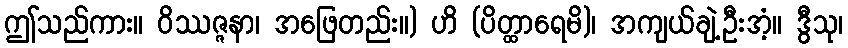
ဤသည်ကား။ ဝိဿဇ္ဇနာ၊ အဖြေတည်း။) ဟိ (ပိတ္ထာရေမိ)၊ အကျယ်ချဲ့ဦးအံ့။ ဒွီသု၊